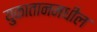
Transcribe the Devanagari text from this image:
युकातानमधील